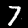
Digit: 7